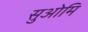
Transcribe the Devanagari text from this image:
सुओमि